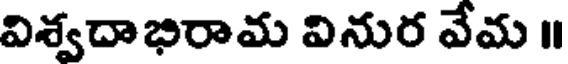
విశ్వదాభిరామ వినుర వేమ ॥